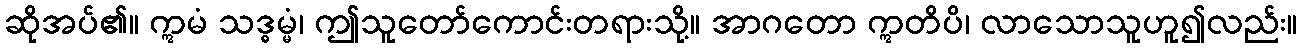
ဆိုအပ်၏။ ဣမံ သဒ္ဓမ္မံ၊ ဤသူတော်ကောင်းတရားသို့။ အာဂတော ဣတိပိ၊ လာသောသူဟူ၍လည်း။